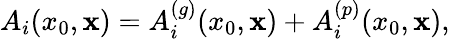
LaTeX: A_{i}(x_{0},{\mathbf x})=A_{i}^{(g)}(x_{0},{\mathbf x})+A_{i}^{(p)}(x_{0},{\mathbf x}),